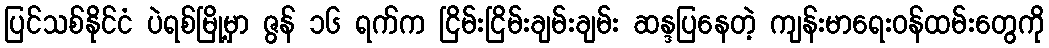
ပြင်သစ်နိုင်ငံ ပဲရစ်မြို့မှာ ဇွန် ၁၆ ရက်က ငြိမ်းငြိမ်းချမ်းချမ်း ဆန္ဒပြနေတဲ့ ကျန်းမာရေးဝန်ထမ်းတွေကို